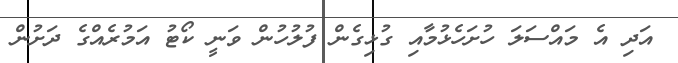
އަދި އެ މައްސަލަ ހުށަހެޅުމާއި ގުޅިގެން ފުލުހުން ވަނީ ކޯޓު އަމުރެއްގެ ދަށުން